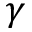
\gamma